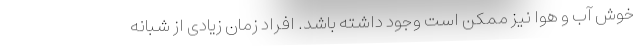
خوش آب و هوا نیز ممکن است وجود داشته باشد. افراد زمان زیادی از شبانه